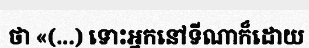
ថា «(...) ទោះអ្នកនៅទីណាក៏ដោយ